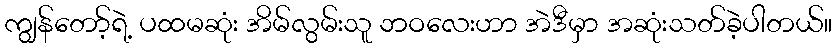
ကျွန်တော့်ရဲ့ ပထမဆုံး အိမ်လွမ်းသူ ဘဝလေးဟာ အဲဒီမှာ အဆုံးသတ်ခဲ့ပါတယ်။